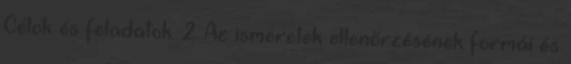
Célok és feladatok. 2 Az ismeretek ellenőrzésének formái és